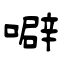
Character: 噼